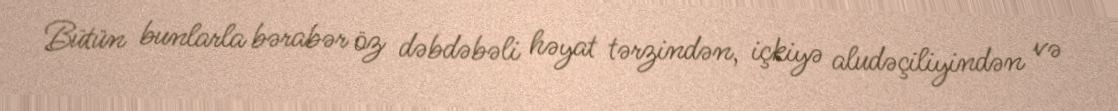
Bütün bunlarla bərabər öz dəbdəbəli həyat tərzindən, içkiyə aludəçiliyindən və